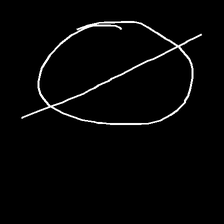
Glyph: orb